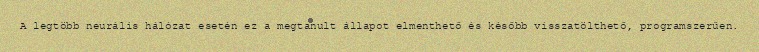
A legtöbb neurális hálózat esetén ez a megtanult állapot elmenthető és később visszatölthető, programszerűen.